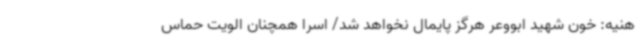
هنیه: خون شهید ابووعر هرگز پایمال نخواهد شد/ اسرا همچنان الویت حماس